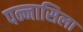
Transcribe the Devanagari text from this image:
पन्नासिला